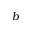
b